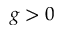
g > 0